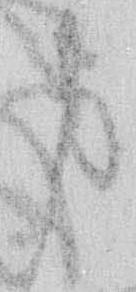
身